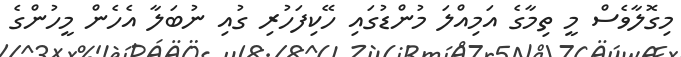
މިގޮލާވެސް މީ ތިމާގެ އަމިއްލަ މުންޑުގައި ހޭކިފަހުރި ގުއި ނުބަލާ އެހެން މީހުންގެ